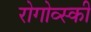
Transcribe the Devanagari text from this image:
रोगोव्स्की